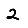
Digit: 2